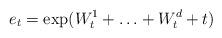
LaTeX: \begin{align*}e_t = \exp(W_t^1+ \ldots +W_t^d +t)\end{align*}